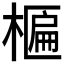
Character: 𬄈